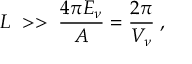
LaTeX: L \; > > \; \frac { 4 \pi E _ { \nu } } { A } = \frac { 2 \pi } { V _ { \nu } } \; ,